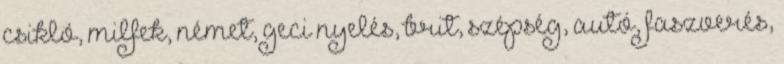
csikló, milfek, német, geci nyelés, brit, szépség, autó, faszverés,